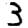
Digit: 3